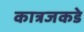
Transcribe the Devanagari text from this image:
कात्रजकडे